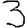
Digit: 3